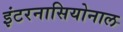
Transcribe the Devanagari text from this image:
इंटरनासियोनाल